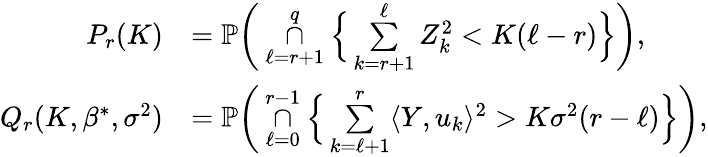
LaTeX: \begin{array}{rl}{P_{r}(K)}&{=\mathbb{P}\bigg(\underset{\ell=r+1}{\overset{q}{\cap}}\Big\{ \underset{k=r+1}{\overset{\ell}{\sum}}Z_{k}^{2}<K(\ell-r)\Big\} \bigg),}\\ {Q_{r}(K,\beta^{*},\sigma^{2})}&{=\mathbb{P}\bigg(\underset{\ell=0}{\overset{r-1}{\cap}}\Big\{ \underset{k=\ell+1}{\overset{r}{\sum}}\langle Y,u_{k}\rangle^{2}>K\sigma^{2}(r-\ell)\Big\} \bigg),}\end{array}